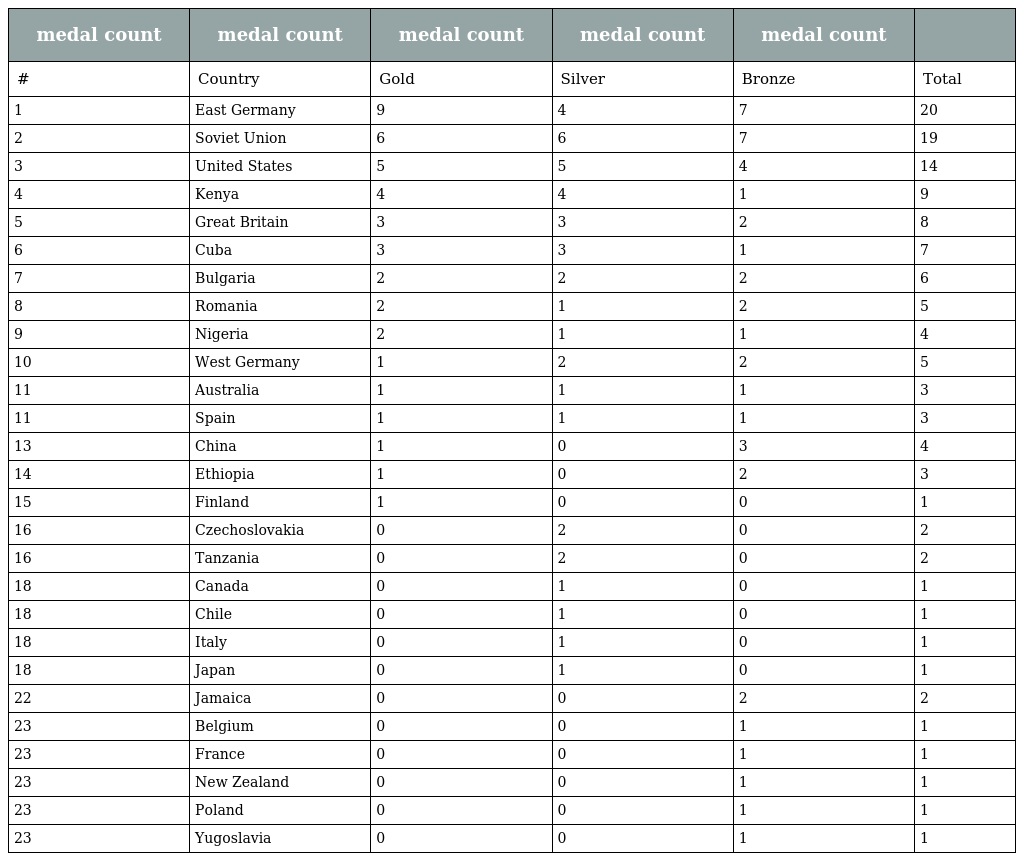
| medal count | medal count | medal count | medal count | medal count |  |
 | --- | --- | --- | --- | --- | --- |
 | # | Country | Gold | Silver | Bronze | Total |
 | 1 | East Germany | 9 | 4 | 7 | 20 |
 | 2 | Soviet Union | 6 | 6 | 7 | 19 |
 | 3 | United States | 5 | 5 | 4 | 14 |
 | 4 | Kenya | 4 | 4 | 1 | 9 |
 | 5 | Great Britain | 3 | 3 | 2 | 8 |
 | 6 | Cuba | 3 | 3 | 1 | 7 |
 | 7 | Bulgaria | 2 | 2 | 2 | 6 |
 | 8 | Romania | 2 | 1 | 2 | 5 |
 | 9 | Nigeria | 2 | 1 | 1 | 4 |
 | 10 | West Germany | 1 | 2 | 2 | 5 |
 | 11 | Australia | 1 | 1 | 1 | 3 |
 | 11 | Spain | 1 | 1 | 1 | 3 |
 | 13 | China | 1 | 0 | 3 | 4 |
 | 14 | Ethiopia | 1 | 0 | 2 | 3 |
 | 15 | Finland | 1 | 0 | 0 | 1 |
 | 16 | Czechoslovakia | 0 | 2 | 0 | 2 |
 | 16 | Tanzania | 0 | 2 | 0 | 2 |
 | 18 | Canada | 0 | 1 | 0 | 1 |
 | 18 | Chile | 0 | 1 | 0 | 1 |
 | 18 | Italy | 0 | 1 | 0 | 1 |
 | 18 | Japan | 0 | 1 | 0 | 1 |
 | 22 | Jamaica | 0 | 0 | 2 | 2 |
 | 23 | Belgium | 0 | 0 | 1 | 1 |
 | 23 | France | 0 | 0 | 1 | 1 |
 | 23 | New Zealand | 0 | 0 | 1 | 1 |
 | 23 | Poland | 0 | 0 | 1 | 1 |
 | 23 | Yugoslavia | 0 | 0 | 1 | 1 |